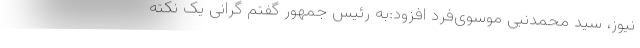
نیوز، سید محمدنبی موسوی‌فرد افزود:به رئیس جمهور گفتم گرانی یک نکته